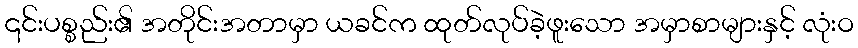
၎င်းပစ္စည်း၏ အတိုင်းအတာမှာ ယခင်က ထုတ်လုပ်ခဲ့ဖူးသော အမှာစာများနှင့် လုံးဝ